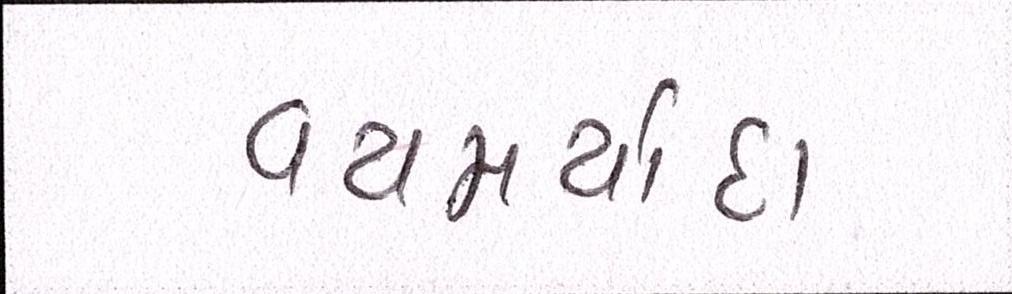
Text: વયમર્યાદા